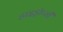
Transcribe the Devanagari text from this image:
हाइड्रॉप्सी